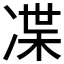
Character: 𠗨